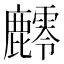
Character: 䴫